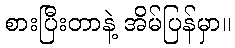
စားပြီးတာနဲ့ အိမ်ပြန်မှာ။